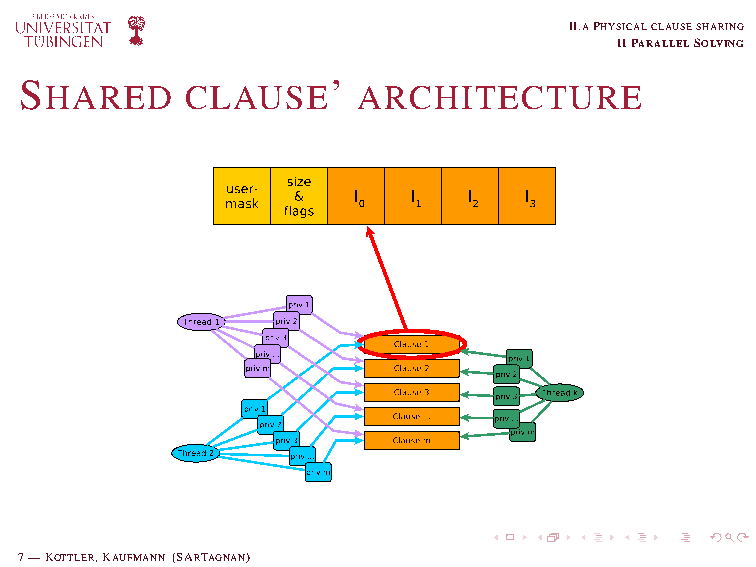
II.APHYSICALCLAUSESHARING
 IIPARALLELSOLVING
 S                    ’
 HARED    CLAUSE      ARCHITECTURE
 7—KOTTLER,KAUFMANN (SARTAGNAN)